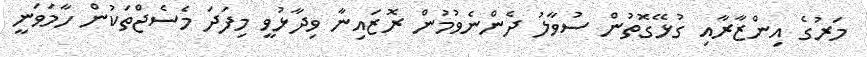
މަރުގެ އިންޒާރާއި ގުޅޭގޮތުން ސުވާލު ދެންނެވުމުން ރޮޒައިނާ ވިދާޅުވީ މިފަދަ މެސެޖްތަކުން ހާމަވަނީ